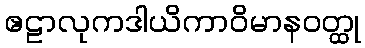
ဧဠာလုကဒါယိကာဝိမာနဝတ္ထု